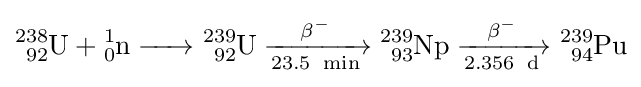
{\ce {{}^{238}_{92}U + {}^{1}_{0}n -> {}^{239}_{92}U ->[\beta^-][23.5\ {\ce {min}}] {}^{239}_{93}Np ->[\beta^-][2.356\ {\ce {d}}] {}^{239}_{94}Pu}}